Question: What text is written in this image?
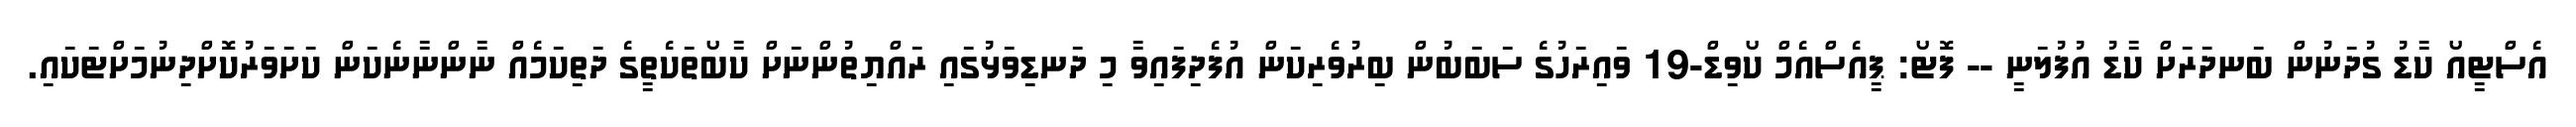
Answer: އެސްޓީއޯ ކާޑު ގުދަނުން ބަނދަރަށް ކާޑު އުފުލަނީ -- ފޮޓޯ: ޕީއެސްއެމް ކޯވިޑް-19 ވައިރަހުގެ ސަބަބުން ބިރުވެރިކަން އުފެދިފައިވާ މި ދަނޑިވަޅުގައި ރައްޔިތުންނަށް ކާބޯތަކެތީގެ ދަތިކަމެއް ނާންނާނެކަން ކަށަވަރުކޮށްދިނުމަށްޓަކައި.